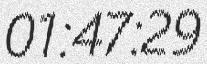
01:47:29